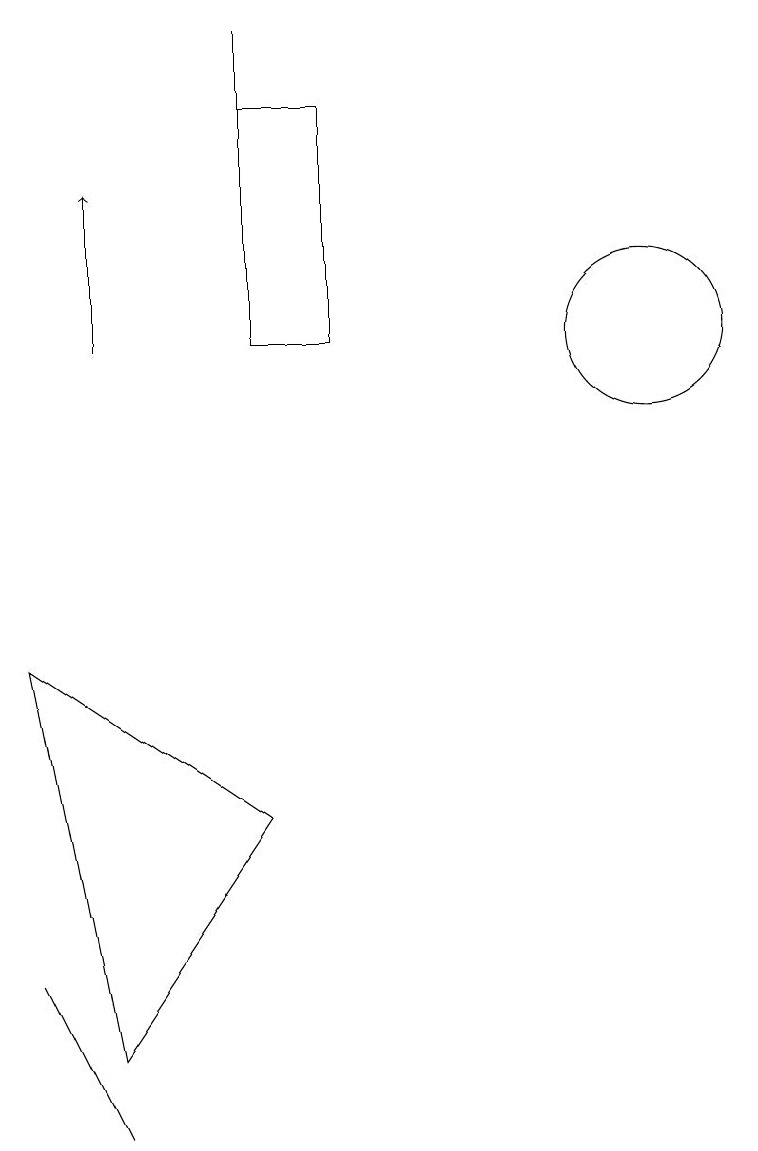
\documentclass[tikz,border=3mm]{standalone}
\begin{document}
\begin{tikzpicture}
\draw (10,10) circle (1);
\draw (6,13) rectangle (5,10);
\draw (5,10) rectangle (5,14);
\draw (2,6) -- (3,1) -- (5,4) -- cycle;
\draw (3,0) -- (2,2) -- (3,0) -- cycle;
\draw[->] (3,10) -- (3,12);
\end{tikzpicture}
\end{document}